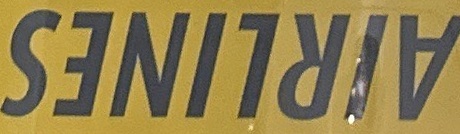
AIRLINES